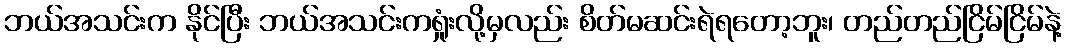
ဘယ်အသင်းက နိုင်ပြီး ဘယ်အသင်းကရှုံးလို့မှလည်း စိတ်မဆင်းရဲရတော့ဘူး၊ တည်တည်ငြိမ်ငြိမ်နဲ့